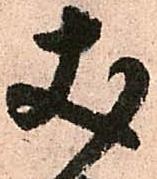
丈